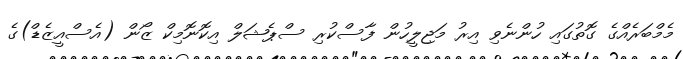
މެމްބަރެއްގެ ގޮތުގައި ހުންނެވި އިރު މަޖިލީހުން ފާސްކުރި ސްޕެޝަލް އިކޮނޮމިކް ޒޯން (އެސްއީޒެޑް)ގެ